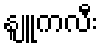
နျူကလီး